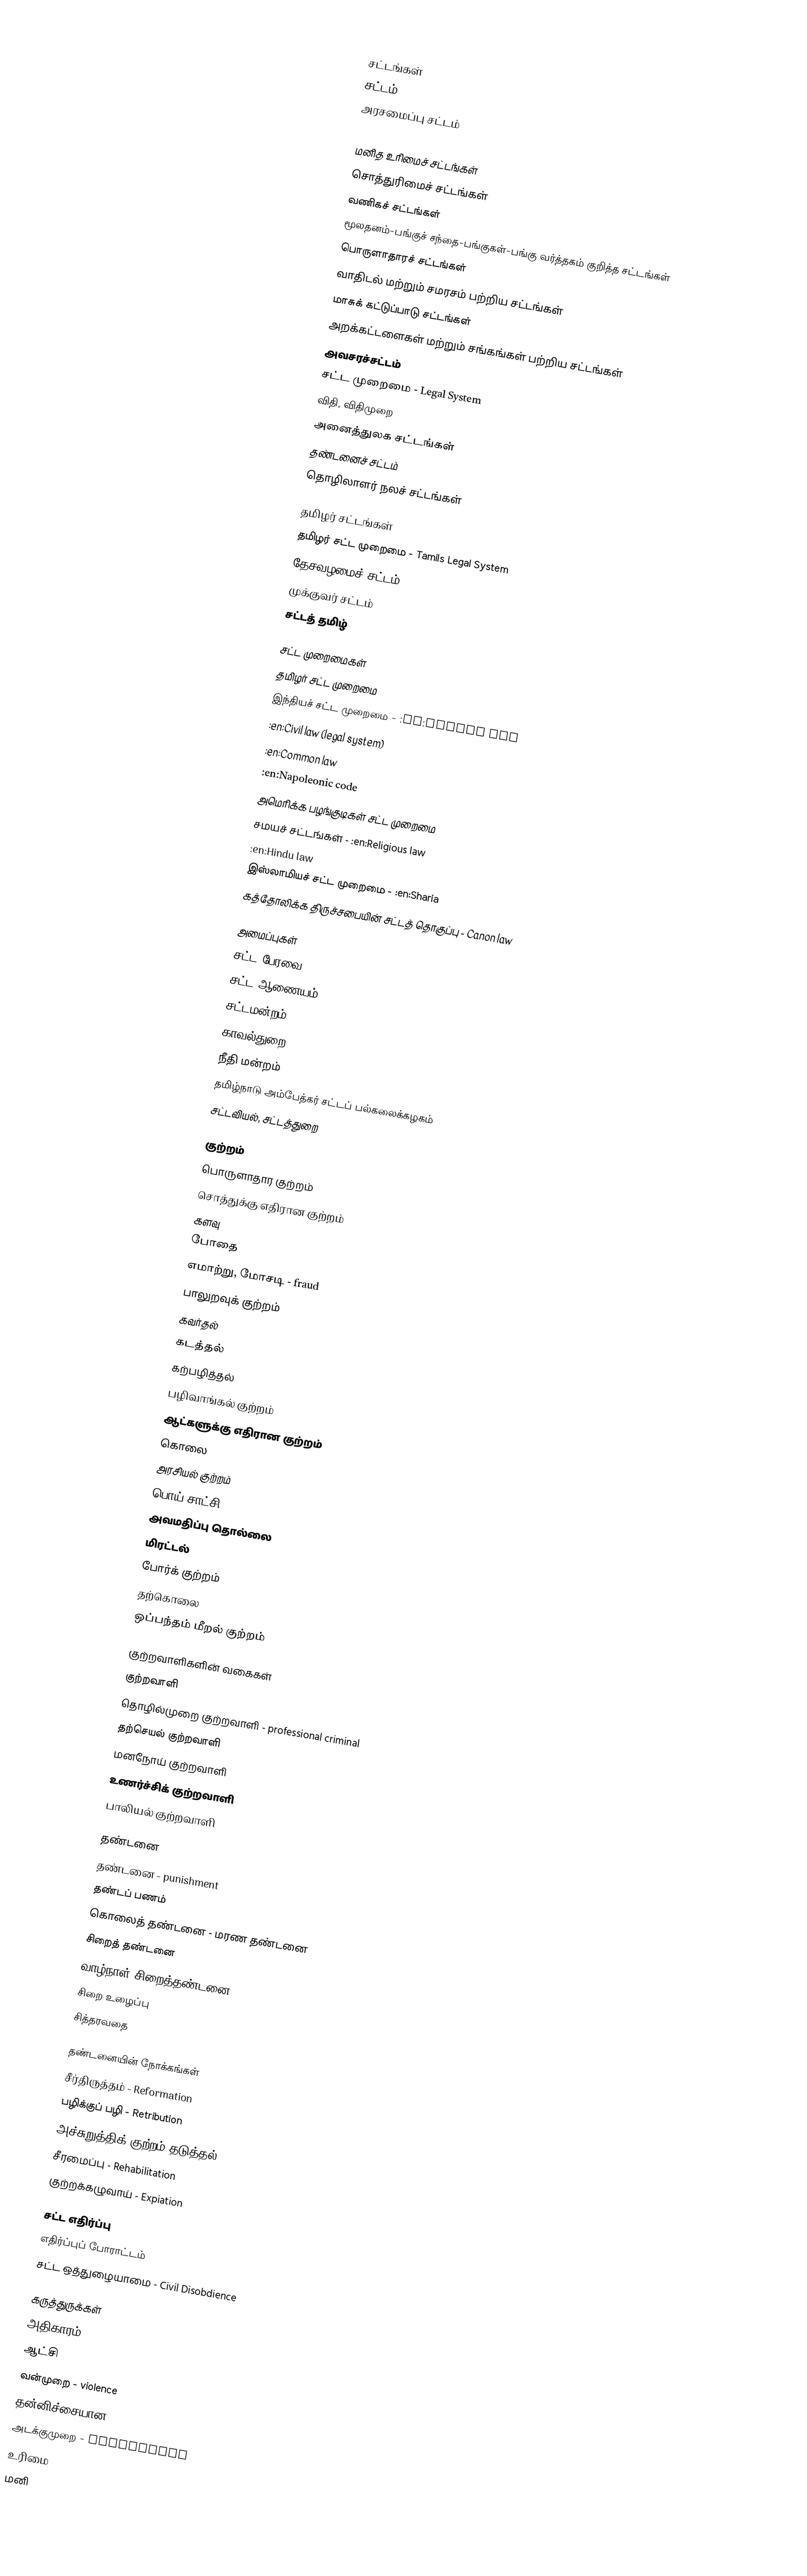

சட்டங்கள்
 சட்டம்
 அரசமைப்பு சட்டம்

  மனித உரிமைச் சட்டங்கள்
 சொத்துரிமைச் சட்டங்கள்
 வணிகச் சட்டங்கள்
 மூலதனம்-பங்குச் சந்தை-பங்குகள்-பங்கு வர்த்தகம் குறித்த சட்டங்கள்
 பொருளாதாரச் சட்டங்கள்
 வாதிடல் மற்றும் சமரசம் பற்றிய சட்டங்கள்
 மாசுக் கட்டுப்பாடு சட்டங்கள்
 அறக்கட்டளைகள் மற்றும் சங்கங்கள் பற்றிய சட்டங்கள்
 அவசரச்சட்டம்
 சட்ட முறைமை - Legal System
 விதி, விதிமுறை
 அனைத்துலக சட்டங்கள்
 தண்டனைச் சட்டம்
 தொழிலாளர் நலச் சட்டங்கள்

தமிழர் சட்டங்கள்
 தமிழர் சட்ட முறைமை - Tamils Legal System
 தேசவழமைச் சட்டம்
 முக்குவர் சட்டம்
 சட்டத் தமிழ்

சட்ட முறைமைகள்
 தமிழர் சட்ட முறைமை
 இந்தியச் சட்ட முறைமை - :en:Indian law
 :en:Civil law (legal system)
 :en:Common law
 :en:Napoleonic code
 அமெரிக்க பழங்குடிகள் சட்ட முறைமை
 சமயச் சட்டங்கள் - :en:Religious law
 :en:Hindu law
 இஸ்லாமியச் சட்ட முறைமை - :en:Sharia
 கத்தோலிக்க திருச்சபையின் சட்டத் தொகுப்பு - Canon law

அமைப்புகள்
 சட்ட பேரவை
 சட்ட ஆணையம்
 சட்டமன்றம் - Legislature
 காவல்துறை
 நீதி மன்றம்
 தமிழ்நாடு அம்பேத்கர் சட்டப் பல்கலைக்கழகம்
 சட்டவியல், சட்டத்துறை

குற்றம்
 பொருளாதார குற்றம்
 சொத்துக்கு எதிரான குற்றம்
 களவு
 போதை
 எமாற்று, மோசடி - fraud
 பாலுறவுக் குற்றம்
 கவர்தல்
 கடத்தல்
 கற்பழித்தல்
 பழிவாங்கல் குற்றம்
 ஆட்களுக்கு எதிரான குற்றம்
 கொலை
 அரசியல் குற்றம்
 பொய் சாட்சி
 அவமதிப்பு தொல்லை
 மிரட்டல்
 போர்க் குற்றம்
 தற்கொலை
 ஒப்பந்தம் மீறல் குற்றம்

குற்றவாளிகளின் வகைகள்
 குற்றவாளி
 தொழில்முறை குற்றவாளி - professional criminal
 தற்செயல் குற்றவாளி
 மனநோய் குற்றவாளி
 உணர்ச்சிக் குற்றவாளி
 பாலியல் குற்றவாளி

தண்டனை
 தண்டனை - punishment
 தண்டப் பணம்
 கொலைத் தண்டனை - மரண தண்டனை
 சிறைத் தண்டனை
 வாழ்நாள் சிறைத்தண்டனை
 சிறை உழைப்பு
 சித்தரவதை

தண்டனையின் நோக்கங்கள்
 சீர்திருத்தம் - Reformation
 பழிக்குப் பழி - Retribution
 அச்சுறுத்திக் குற்றம் தடுத்தல் - Deterrence
 சீரமைப்பு - Rehabilitation
 குற்றக்கழுவாய் - Expiation

சட்ட எதிர்ப்பு
 எதிர்ப்புப் போராட்டம்
 சட்ட ஒத்துழையாமை - Civil Disobdience

கருத்துருக்கள்
 அதிகாரம்
 ஆட்சி
 வன்முறை - violence
 தன்னிச்சையான - arbitrary
 அடக்குமுறை - oppressive
 உரிமை
 மனி